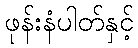
ဖုန်းနံပါတ်နှင့်